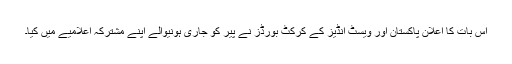
اس بات کا اعلان پاکستان اور ویسٹ انڈیز کے کرکٹ بورڈز نے پیر کو جاری ہونیوالے اپنے مشترکہ اعلامیے میں کیا۔